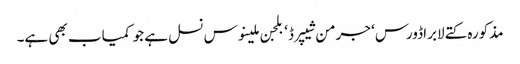
مذکورہ کتے لابراڈورس‘ جرمن شیپرڈ‘ بلجن ملینوس نسل ہے جو کمیاب بھی ہے۔